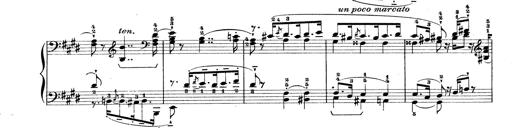
Title: Rapsodie: 19 ungheresi, 1 spagnuola
Composer: Franz Liszt